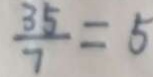
\frac { 3 5 } { 7 } = 5